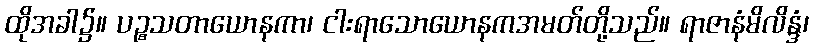
ထိုအခါ၌။ ပဉ္စသတာယောနကာ၊ ငါးရာသောယောနကအမတ်တို့သည်။ ရာဇာနံမိလိန္ဒံ၊